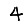
Digit: 4